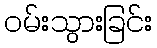
ဝမ်းသွားခြင်း